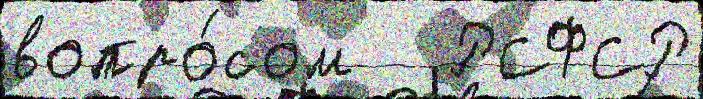
вопро́сом   РСФСР